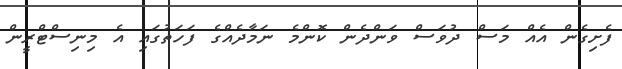
ފެށިގެން އެއް މަސް ދުވަސް ވަންދެން ކޮންމެ ނަމާދެއްގެ ފަހަތުގައި އެ މިނިސްޓްރީން